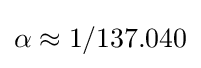
\alpha \approx 1/137.040